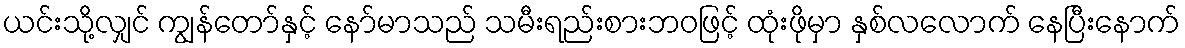
ယင်းသို့လျှင် ကျွန်တော်နှင့် နော်မာသည် သမီးရည်းစားဘဝဖြင့် ထုံးဖိုမှာ နှစ်လလောက် နေပြီးနောက်